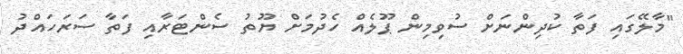
"މާލޭގައި ފަތާ ކުދިންނަށް ސުވިމިން ޕޫލެއް ހެދުމަށް ޔޫތު ސެންޓަރާއި ފަތާ ސަރަހައްދު